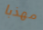
مهذبا